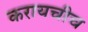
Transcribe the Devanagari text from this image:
करायचीच